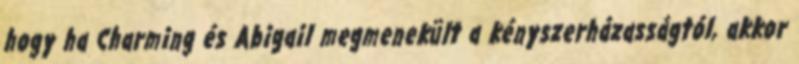
hogy ha Charming és Abigail megmenekült a kényszerházasságtól, akkor